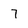
Character: 7